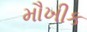
મૌખીક